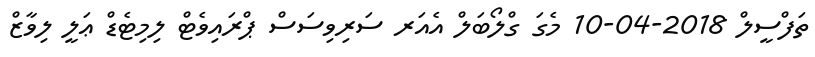
ތަފްސީލް 2018-04-10 މެގަ ގްލޯބަލް އެއަރ ސަރިވިސަސް ޕްރައިވެޓް ލިމިޓެޑް ޢަލީ ލިވާޒް